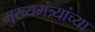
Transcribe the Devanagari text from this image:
मुख्यमंत्र्यांच्‍या